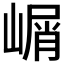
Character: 𰎰